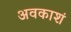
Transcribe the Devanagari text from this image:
अवकाशं